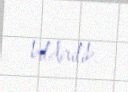
bildirilib.